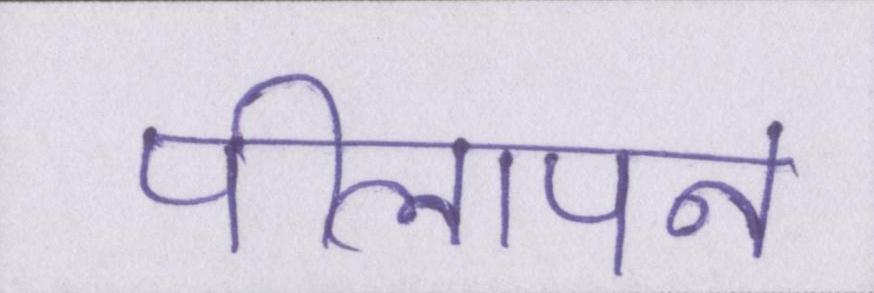
पीलापन